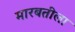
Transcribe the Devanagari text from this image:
मारबतीला